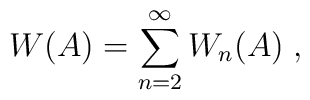
W ( A ) = \sum_{n=2}^{\infty} W_n ( A ) \; ,